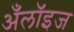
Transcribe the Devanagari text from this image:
अँलॉइज